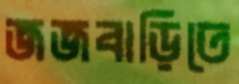
জজবাড়িতে